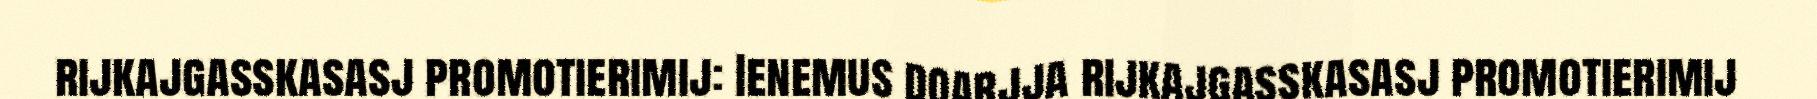
rijkajgasskasasj promotierimij: Ienemus doarjja rijkajgasskasasj promotierimij